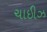
ચાઇીઝ